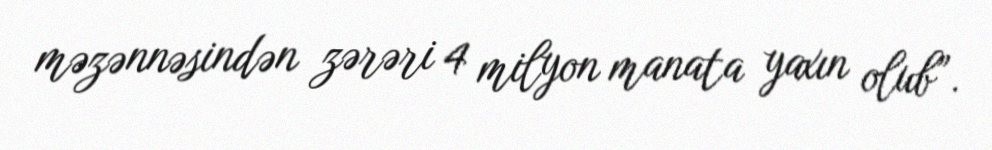
məzənnəsindən zərəri 4 milyon manata yaxın olub”.